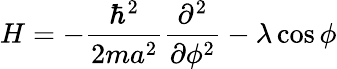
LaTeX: H=-{\frac{\hbar^{2}}{2ma^{2}}}{\frac{\partial^{2}}{\partial\phi^{2}}}-\lambda\cos\phi